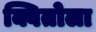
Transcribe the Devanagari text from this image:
क्वितोला